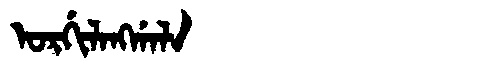
Manchu: ᠣᡵᡤᡳᠯᠠᠩᡤᠠᠯᠠ
Romanization: ORGILANGGALA